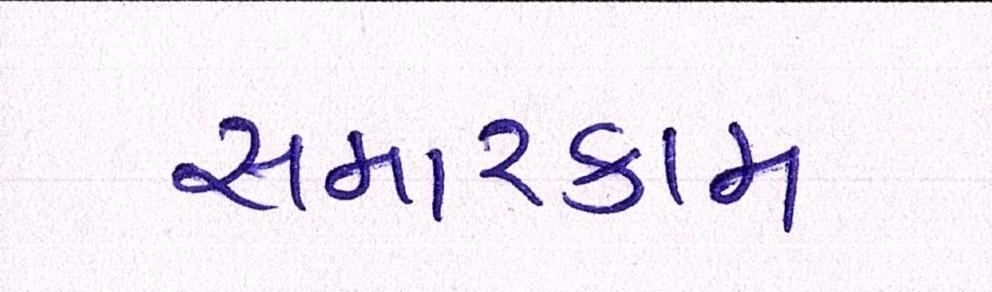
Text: સમારકામ